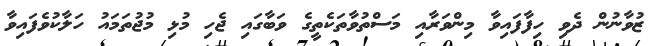
ޒުވާނުން ދެވި ހިފާފަައިވާ މިންވަރާއި މަސްތުވާތަކެތީގެ ވަބާގައި ޖެހި މުޅި މުޖުތަމައު ހަލާކުވެފައިވާ